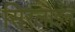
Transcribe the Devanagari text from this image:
सिरलोइन